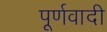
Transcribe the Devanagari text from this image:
पूर्णवादी